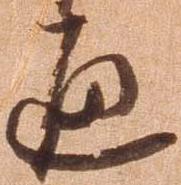
通